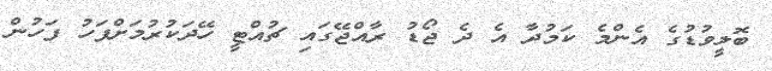
ބޮލީވުޑުގެ އެންމެ ކަމުދާ އެ ދެ ޖޯޑު ރާއްޖޭގައި ޗުއްޓީ ހޭދަކުރުމަށްފަހު ފަހުން